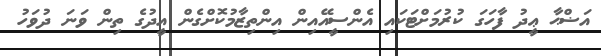
އަޟްޙާ ޢީދު ފާހަގަ ކުރުމަށްޓަކައި އެންސީއޭއިން އިންތިޒާމުކޮށްގެން އީދުގެ ތިން ވަނަ ދުވަހު